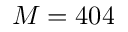
M = 4 0 4